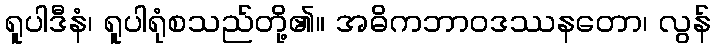
ရူပါဒီနံ၊ ရူပါရုံစသည်တို့၏။ အဓိကဘာဝဒဿနတော၊ လွန်